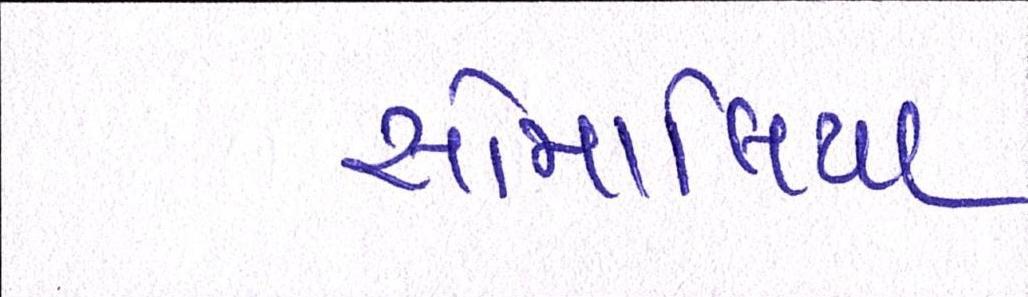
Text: સોમાલિયા